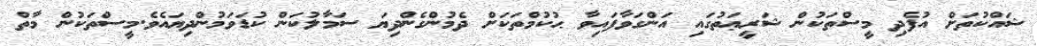
ޝައްކުތަށް އުފެދި މީސްތަކުން ޝަރީޢަތުގައި އަންގަވާފައިވާ ޙުކުމްތަކަށް ދެމުންގެންދިޔަ ސަމާލުކަން ކުޑަވަމުންދިޔައެވެ.މީސްތަކުން މާތް